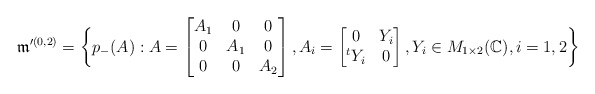
\begin{align*}\frak{m}'^{(0,2)}=\bigg\{p_-(A): A=\begin{bmatrix} A_1 & 0 & 0\\ 0 & A_1 & 0\\ 0 & 0 & A_2\end{bmatrix}, A_i=\begin{bmatrix} 0 & Y_i \\ ^tY_i & 0 \end{bmatrix}, Y_i\in M_{1\times 2}(\mathbb{C}), i=1,2\bigg\}\end{align*}